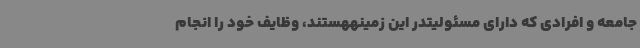
جامعه و افرادی که دارای مسئولیتدر این زمینههستند، وظایف خود را انجام